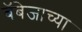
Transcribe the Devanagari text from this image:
बॅबेजाच्या